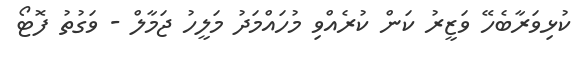
ކުޅިވަރާބެހޭ ވަޒީރު ކަން ކުރެއްވި މުހައްމަދު މަލީހު ޖަމާލް - ވަގުތު ފޮޓޯ